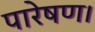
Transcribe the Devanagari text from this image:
पारेषण।